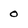
Character: 0